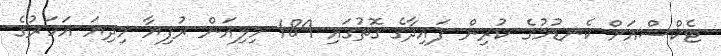
ޓެކްސްއަށް ކެނޑުމުގެ ކުރިން ފައިދާގެ ގޮތުގައި 189 މިލިއަން ރުފިޔާ މިދިޔަ އަހަރުގެ